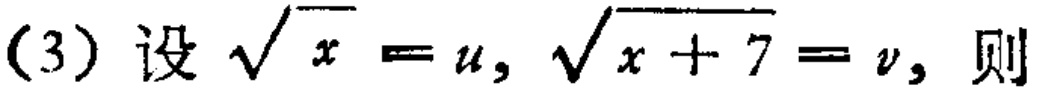
(3) 设 $\sqrt{x}=u, \sqrt{x + 7}=v$, 则